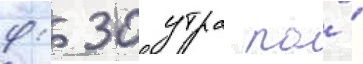
9: 30 утра по́